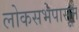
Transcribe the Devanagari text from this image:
लोकसभेपासून